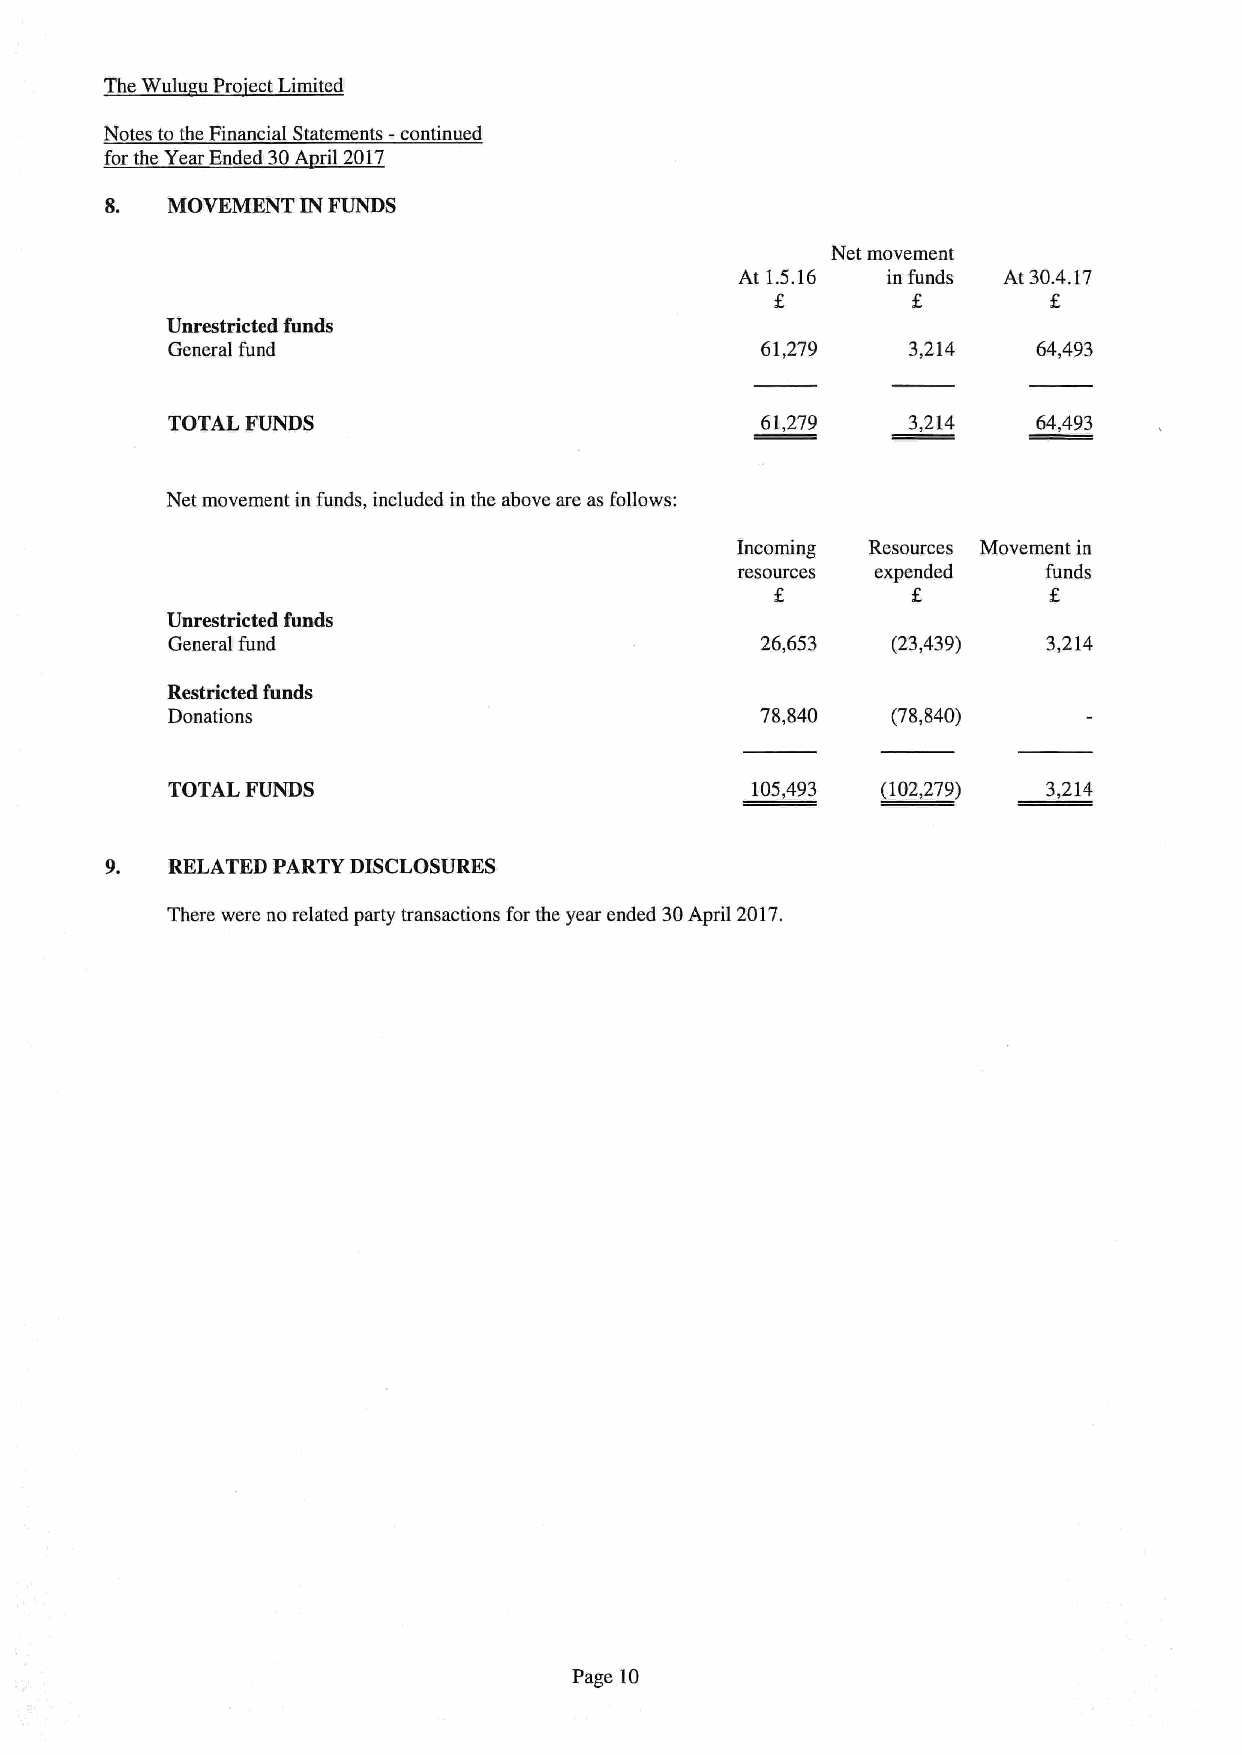
The Wulu u Pro ectLimited
 Notes to the Financial Statements -continued
 for the Year Ended 30A ril 2017
 8.  MOVEMENT IN FUNDS
 Net movement
 At 1.5.16 in funds At 30.4.17
 Unrestricted funds
 General fund                           61,279    3,214    64,493
 TOTAL FUNDS                            67,279    3,214    64,493
 Net movement in funds, included in the above are as follows:
 Incoming Resources Movement in
 resources expended  funds
 Unrestricted funds
 General fund                           26,653   (23,439)  3,214
 Restricted funds
 Donations                              78,840   (78,840)
 TOTAL FUNDS                            105,493 (102,279)  3,214
 9.  RELATED PARTY DISCLOSURES
 There were no related party transactions for the year ended 30April 2017.
 Page 10